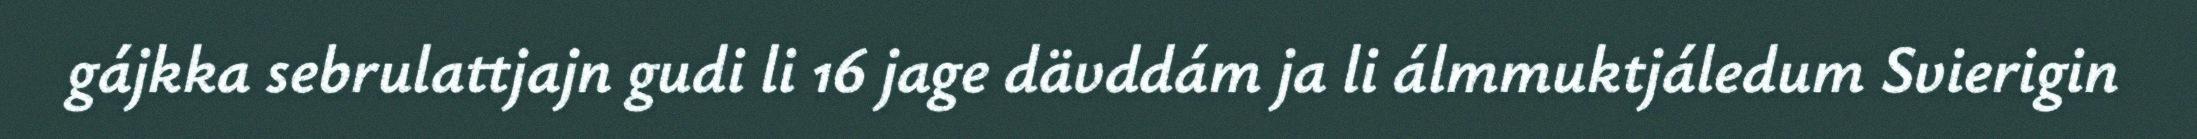
gájkka sebrulattjajn gudi li 16 jage dävddám ja li álmmuktjáledum Svierigin